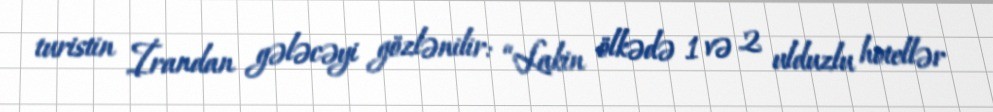
turistin İrandan gələcəyi gözlənilir: “Lakin ölkədə 1 və 2 ulduzlu hotellər